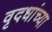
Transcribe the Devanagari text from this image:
वृदधांच्या